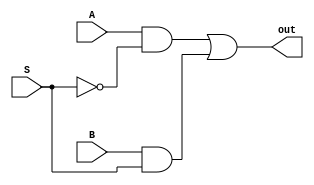
module mux_2_1(A, B, S, out);
	input A, B, S;
	output out;
	
	wire ASn;
	wire BS;
	wire Sn;
	
	not(Sn, S);
	and(ASn, A, Sn);
	and(BS, B, S);
	or(out, ASn, BS);
endmodule